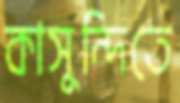
কাসুন্দিতে